Indian journal of veterinary science and animal husbandry - Volumes 18-21, 1948-1951
Year: 1948
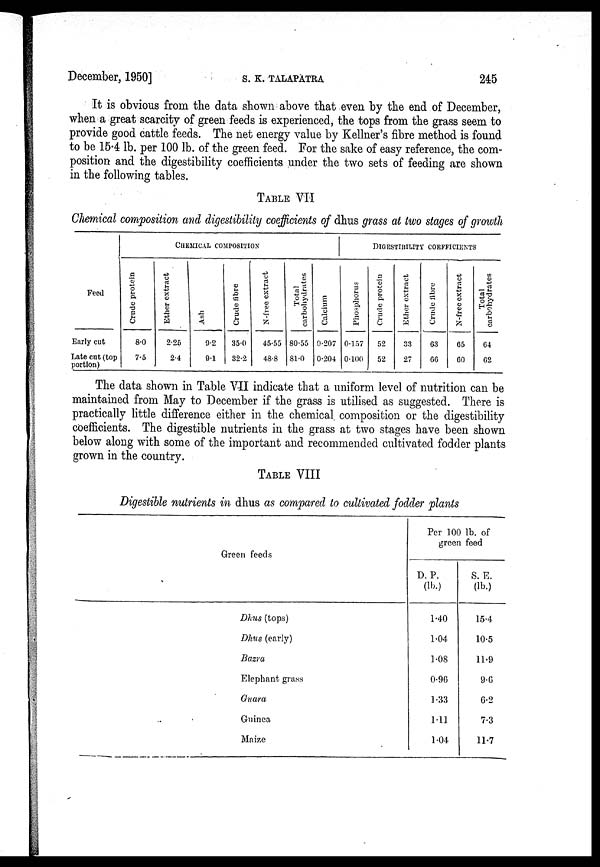
December, 1950]
S.
K.
TALAPATRA
245
It is obvious from the data shown above that even by the end of December,
when a great scarcity of green feeds is experienced, the tops from the grass seem to
provide good cattle feeds. The net energy value by Kellner's fibre method is found
to be 15.4 lb. per 100 lb. of the green feed. For the sake of easy reference, the com-
position and the digestibility coefficients under the two sets of feeding are shown
in the following tables.
TABLE VII
Chemical composition and digestibility coefficients of dhus grass at two stages of growth
Feed
Early cut
Late cut (top
portion)
CHEMICAL COMPOSITION
Crude protein
8.0
7.5
Ether extract
2.25
2.4
Ash
9.2
9.1
Crude fibre
35.0
32.2
N-free extract
45.55
48.8
Total
carbohydrates
80.55
81.0
Calcium
0.207
0.204
DIGESTIBILITY COEFFICIENTS
Phosphorus
0.157
0.100
Crude protein
52
52
Ether extract
33
27
Crude fibre
63
66
N-free extract
65
60
Total
carbohydrates
64
62
The data shown in Table VII indicate that a uniform level of nutrition can be
maintained from May to December if the grass is utilised as suggested. There is
practically little difference either in the chemical composition or the digestibility
coefficients. The digestible nutrients in the grass at two stages have been shown
below along with some of the important and recommended cultivated fodder plants
grown in the country.
TABLE VIII
Digestible nutrients in dhus as compared to cultivated fodder plants
Green feeds
Dhus (tops)
Dhus (early)
Bazra
Elephant grass
Guara
Guinea
Maize
Per 100 lb. of
green feed
D. P.
(lb.)
1.40
1.04
1.08
0.96
1.33
1.11
1.04
S. E.
(lb.)
15.4
10.5
11.9
9.6
6.2
7.3
11.7